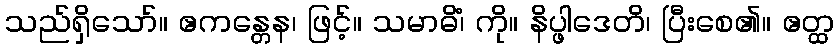
သည်ရှိသော်။ ဧကန္တေန၊ ဖြင့်။ သမာဓိံ၊ ကို။ နိပ္ဖါဒေတိ၊ ပြီးစေ၏။ ဧတ္ထ